Civil Veterinary Department. Madras. Admin. report 1926-33 - 1926-1933
Year: 1926
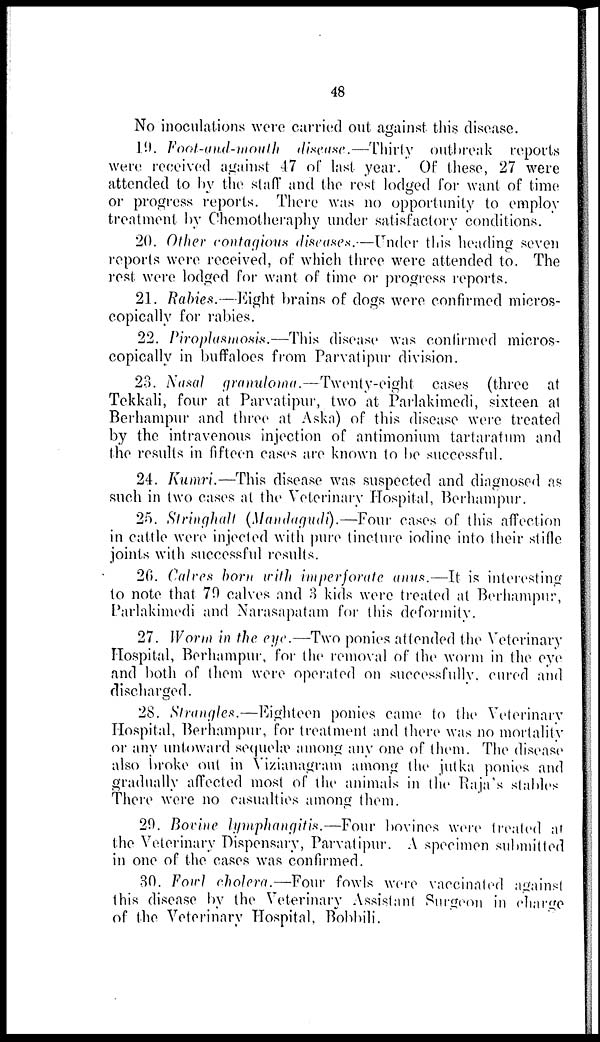
48
No inoculations were carried out against this disease.
19. Foot-and-mouth disease.—Thirty outbreak reports
were received against 47 of last year. Of these, 27 were
attended to by the staff and the rest lodged for want of time
or progress reports. There was no opportunity to employ
treatment by Chemotheraphy under satisfactory conditions.
20. Other contagious diseases.—Under this heading seven
reports were received, of which three were attended to. The
rest were lodged for want of time or progress reports.
21. Rabies.—Eight brains of dogs were confirmed micros-
copically for rabies.
22. Piroplasmosis.—This disease was confirmed micros-
copically in buffaloes from Parvatipur division.
23. Nasal granuloma.—Twenty-eight
cases (three at
Tekkali, four at Parvatipur, two at Parlakimedi, sixteen at
Berhampur and three at Aska) of this disease were treated
by the intravenous injection of antimonium tartaratum and
the results in fifteen cases are known to be successful.
24. Kumri.—This disease was suspected and diagnosed as
such in two cases at the Veterinary Hospital, Berhampur.
25. Stringhalt (Mandagudi).—Four cases of this affection
in cattle were injected with pure tincture iodine into their stifle
joints with successful results.
20. Calres born with imperforate anus.—It is interesting
to note that 70 calves and 3 kids were treated at Berhampur,
Parlakimedi and Narasapatam for this deformity.
27. Worm in the eye.—Two ponies attended the Veterinary
Hospital, Berhampur, for the removal of the worm in the eye
and both of them were operated on successfully, cured and
discharged.
28. Strangles.—Eighteen ponies came to the Veterinary
Hospital, Berhampur, for treatment and there was no mortality
or any untoward sequelæ among any one of them. The disease
also broke out in Vizianagram among the jutka ponies and
gradually affected most of the animals in the Raja's stables
There were no casualties among them.
29. Bovine lymphangitis.—Four bovines were treated at
the Veterinary Dispensary, Parvatipur. A specimen submitted
in one of the cases was confirmed.
30. Fowl cholera.—Four fowls were vaccinated against
this disease by the Veterinary Assistant Surgeon in charge
of the Veterinary Hospital, Bobbili.